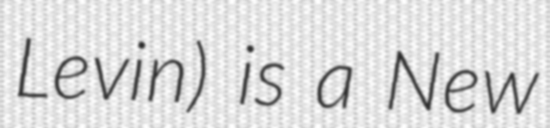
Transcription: Levin) is a New